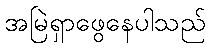
အမြဲရှာဖွေနေပါသည်